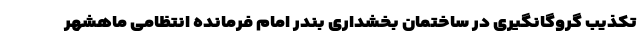
تکذیب گروگانگیری در ساختمان بخشداری بندر امام فرمانده انتظامی ماهشهر